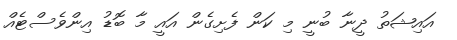
އައިޝަތު ދީނާ ބުނީ މި ކަން ފެށިގެން އައީ މާ ބޮޑު އިންވެސްޓެއް